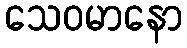
သေဝမာနော